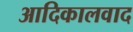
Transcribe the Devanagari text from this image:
आदिकालवाद